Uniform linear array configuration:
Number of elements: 4
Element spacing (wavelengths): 1
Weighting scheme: blackman
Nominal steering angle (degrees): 60
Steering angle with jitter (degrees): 59.267
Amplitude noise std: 0.05
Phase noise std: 0.05

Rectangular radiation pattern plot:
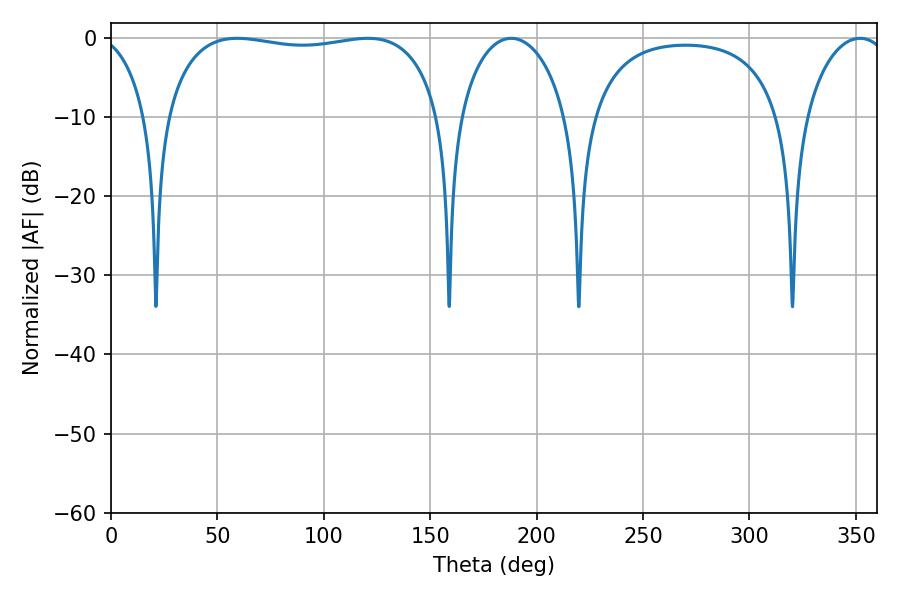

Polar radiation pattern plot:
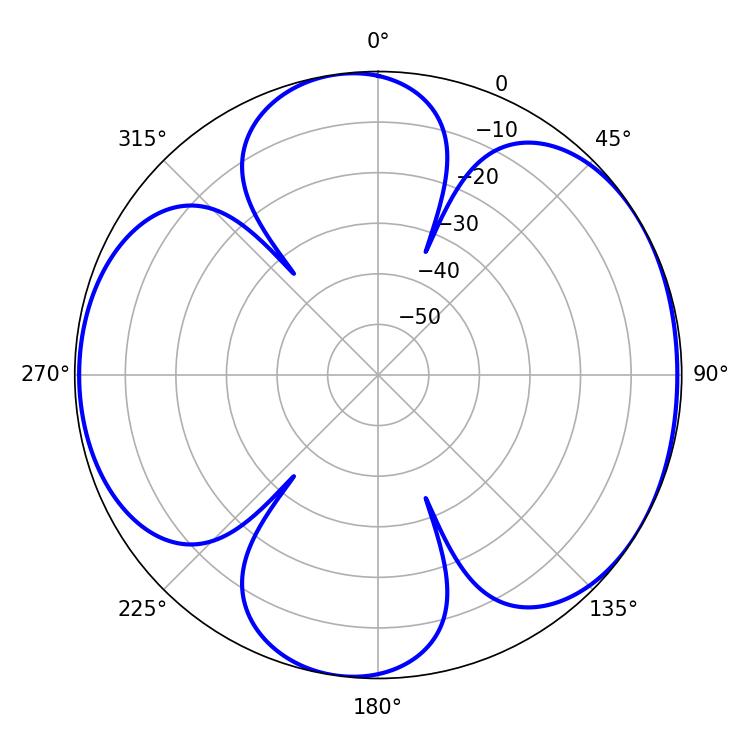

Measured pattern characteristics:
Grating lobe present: TRUE
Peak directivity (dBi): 5.901
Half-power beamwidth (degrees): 104.76
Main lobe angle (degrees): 59.4